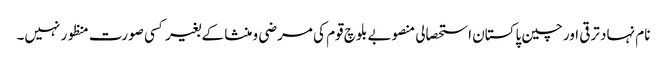
نام نہاد ترقی اور چین پاکستان استحصالی منصوبے بلوچ قوم کی مرضی و منشا کے بغیر کسی صورت منظور نہیں۔